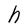
Character: h